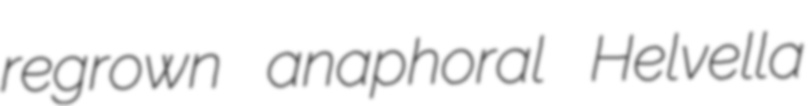
regrown anaphoral Helvella